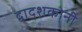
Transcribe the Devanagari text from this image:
द्वादशकोनी